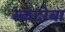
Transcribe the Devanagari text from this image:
स्कंदोबा